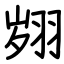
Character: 翙